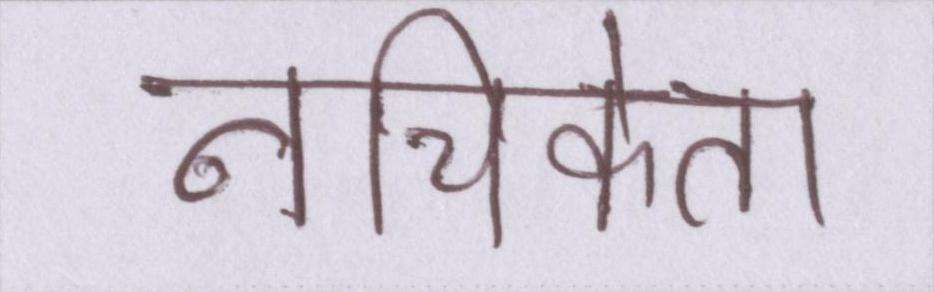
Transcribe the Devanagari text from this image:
नचिकेता